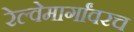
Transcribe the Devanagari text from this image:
रेल्वेमार्गांवरच